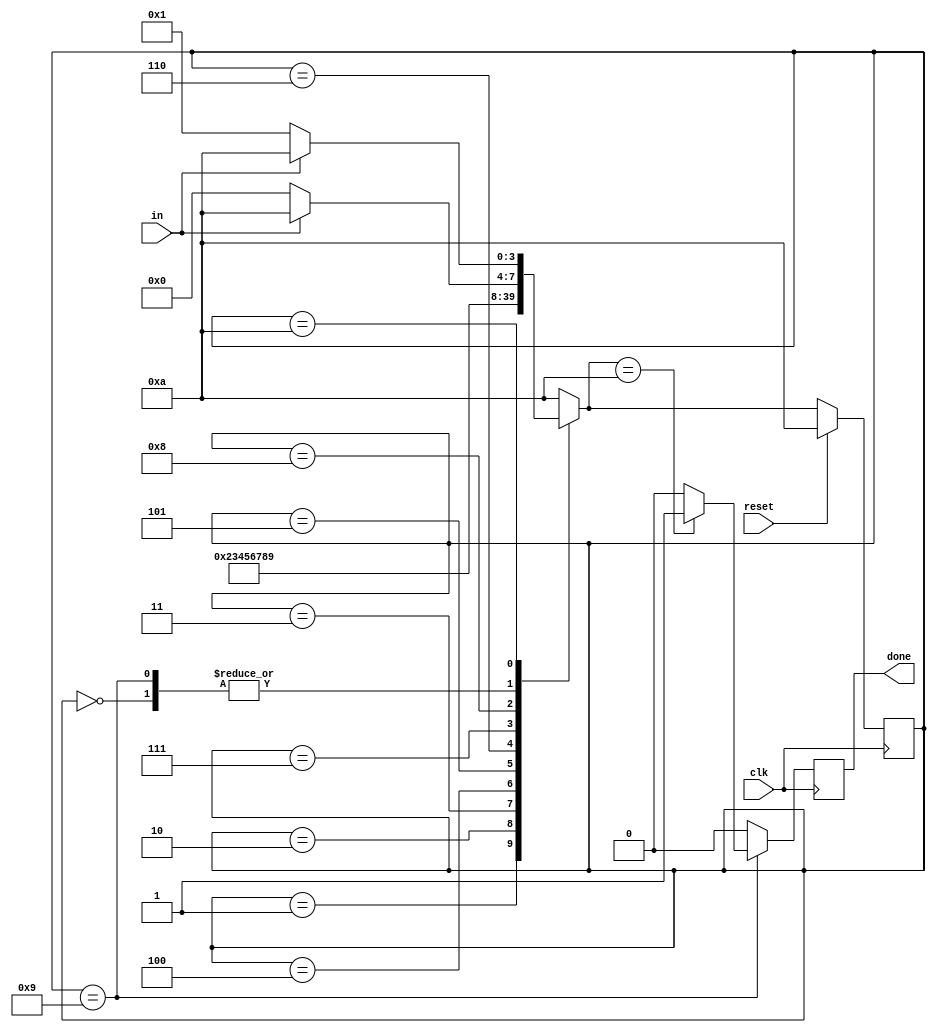
module top_module(
    input clk,
    input in,
    input reset,    // Synchronous reset
    output done
);
    parameter error=4'd0,
    		  data_0=4'd1,
    		  data_1=4'd2,
    		  data_2=4'd3,
    		  data_3=4'd4,
    		  data_4=4'd5,
    		  data_5=4'd6,
    		  data_6=4'd7,
    		  data_7=4'd8,
    		  stop=4'd9,
    		  idle=4'd10;

    reg [3:0] state,next_state;

    always @(*) begin
        case(state)
            error: next_state = in ? idle : error;
            data_0 : next_state = data_1;
            data_1 : next_state = data_2;
            data_2 : next_state = data_3;
            data_3 : next_state = data_4;
            data_4 : next_state = data_5;
            data_5 : next_state = data_6;
            data_6 : next_state = data_7;
            data_7 : next_state = stop;
            stop : next_state = in ? idle : error;
            idle : next_state = in ? idle : data_0;
            default: next_state = idle;
        endcase
    end

    always @(posedge clk)begin
        if (reset) state <= idle;
        else state <= next_state;
    end

    reg temp;
    always @(posedge clk)begin
        if (state==stop) begin
            if(next_state==idle) temp <= 1'b1;
            else temp <= 1'b0;
        end
        else temp <= 1'b0;
    end

    assign done = temp;

endmodule